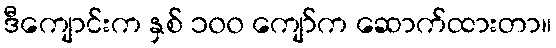
ဒီကျောင်းက နှစ် ၁၀၀ ကျော်က ဆောက်ထားတာ။